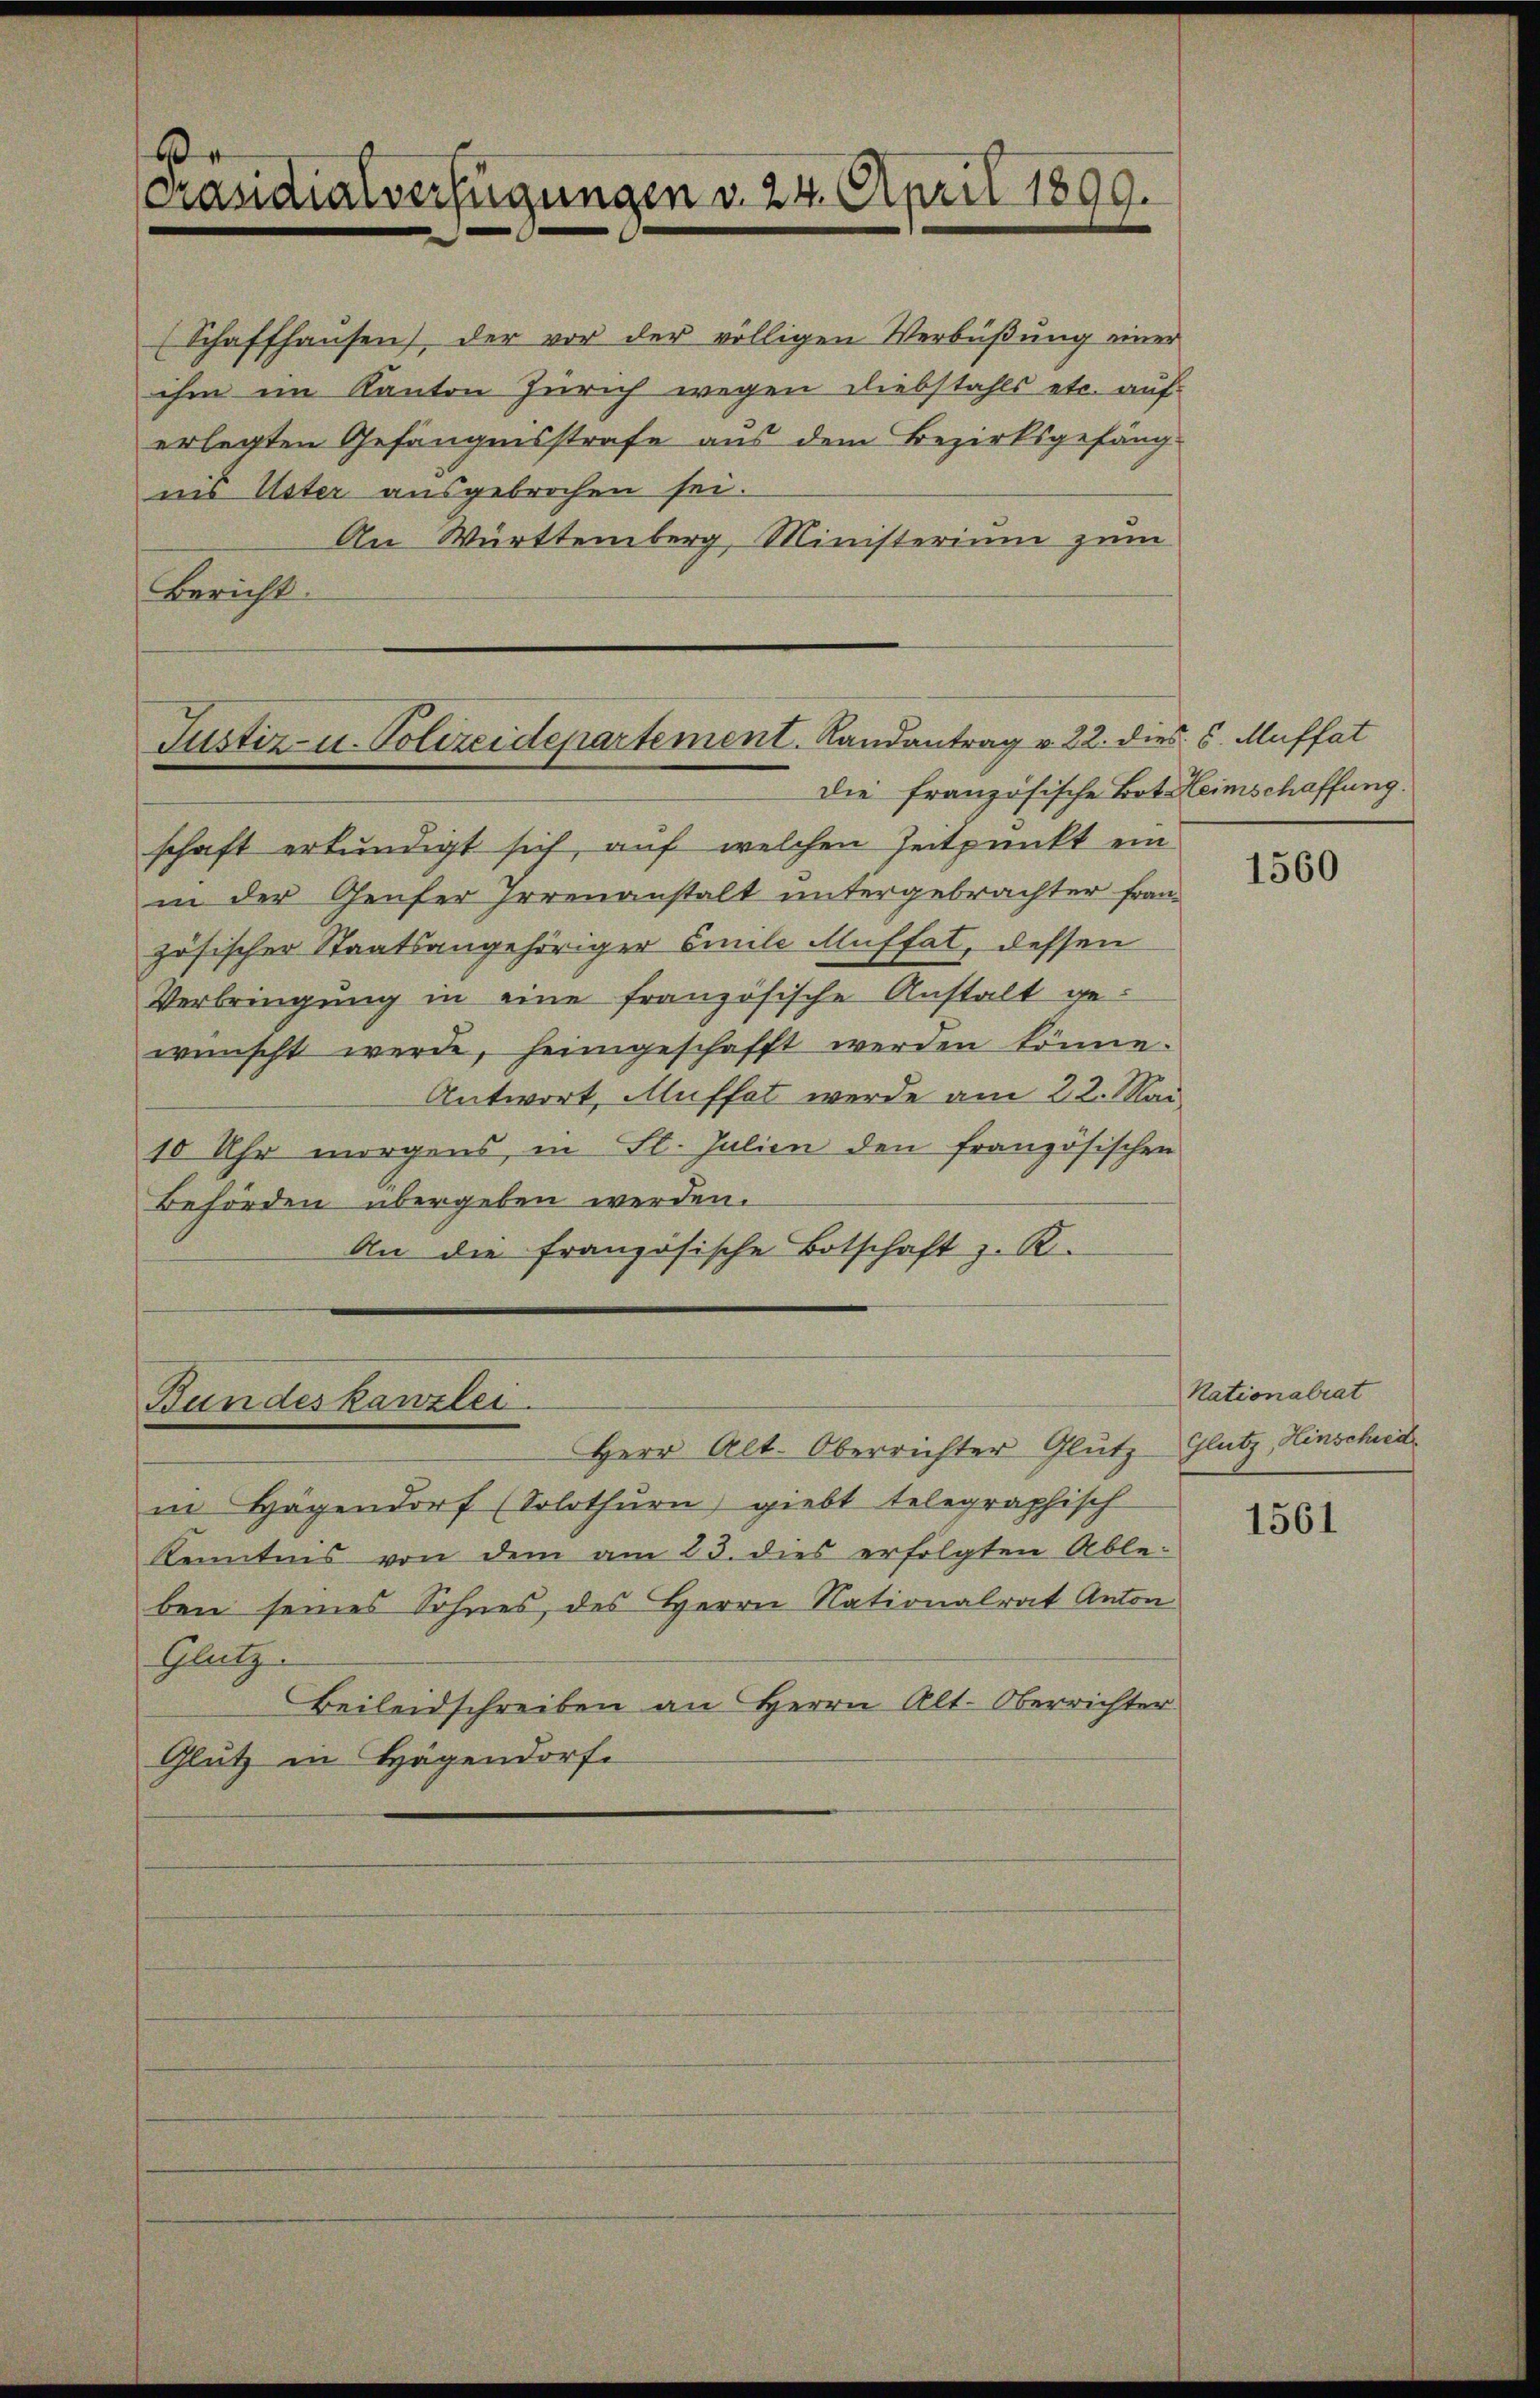
.
Präsidialverfügungen d. 24. April 1899.

(Schaffhausen, der vor der völligen Verbüßung einer
ihm im Kanton Zürich wegen Diebstahls etc. auf
erlegten Gefängensstrafe aus dem Bezirksgefäng-
nis Uster ausgebrochen sei.
An Württemberg, Ministerium zum
Bericht

Justiz- u. Polizeidepartement. Randantrag v. 22. dies s. Muffat
die französische Bot Heimschaffung.

schaft erkundigt sich, auf welchen Zeitpunkt ein
in der Genfer Irrenanstalt untergebrachter Französischer Staatsangehöriger Emile Auffat, dessen
Verbringung in eine französische Anstalt gewünscht werde, heimgeschafft werden könne.
Antwort, Muffet werde am 22. Mai
10 Uhr morgens in St. Julien den französischen
Behörden übergeben werden.
An die französische Botschaft z. R.

Bundeskanzlei
Herr Alt. Oberrichter Glutz-Glutz, Hinschied

in Hagendorf (Solothurn giebt telegraphisch
Kenntnis von dem am 23. dies erfolgten Able-
ben seines Sohnes, des Herrn Nationalrat Anton
Glutz.
Beileidschreiben an Herrn Alt-Oberrichter
Glutz in Hagendorfe

1560

Nationalrat

1561